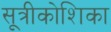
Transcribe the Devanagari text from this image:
सूत्रीकोशिका